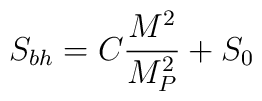
S_{bh} =  C \frac{M^{2}}{M_{P}^{2}} + S_{0}